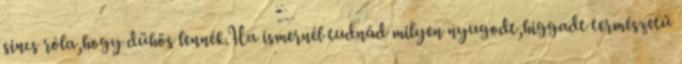
sincs róla,hogy dühös lennék.Ha ismernél tudnád milyen nyugodt,higgadt természetű